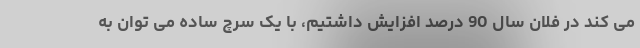
می کند در فلان سال 90 درصد افزایش داشتیم، با یک سرچ ساده می توان به